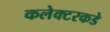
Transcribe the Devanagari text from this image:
कलेक्टरकडे